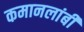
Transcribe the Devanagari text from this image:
कमानलांबी